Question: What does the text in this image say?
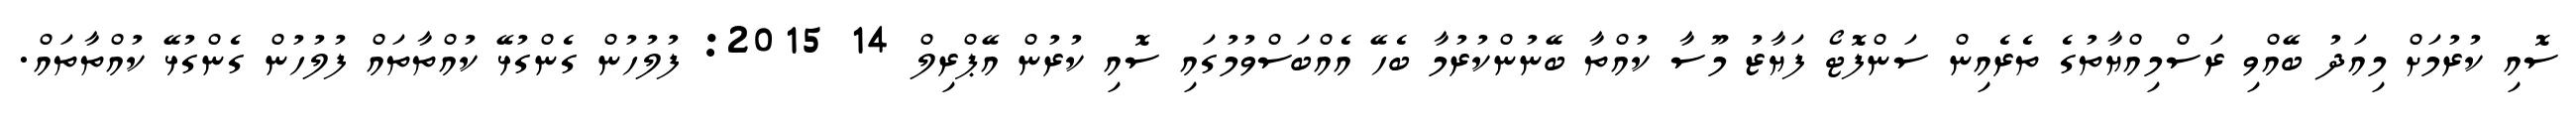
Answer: ސޮއި ކުރުމަށް މިއަދު ބޭއްވި ރަސްމިއްޔާތުގެ ތެރެއިން ސަންފޮޓޯ ފަޔާޒު މޫސާ ކުއްތާ ބޭނުންކުރުމާ ބެހޭ އެއްބަސްވުމުގައި ސޮއި ކުރުން އޭޕްރިލް 14 2015: ފުލުހުން ގެންގުޅޭ ކުއްތާތައް ފުލުހުން ގެންގުޅޭ ކުއްތާތައް.